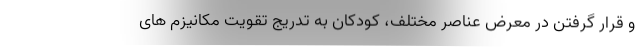
و قرار گرفتن در معرض عناصر مختلف، کودکان به تدریج تقویت مکانیزم های